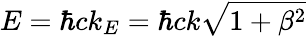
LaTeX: E=\hbar ck_{E}=\hbar ck\sqrt{1+\beta^{2}}